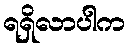
ရရှိလာပါက